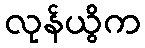
လုန်ယွိက